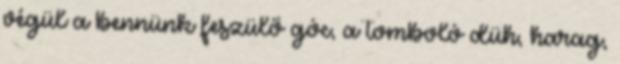
végül a bennünk feszülő góc, a tomboló düh, harag,